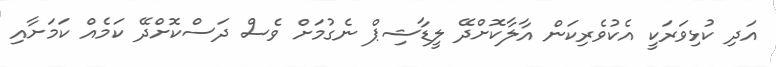
އަދި ކުޅިވަރަކީ އެކުވެރިކަން އާލާކޮށްދޭ ލީޑާޝިޕް ނެގުމަށް ވެސް ދަސްކޮށްދޭ ކަމެއް ކަމަށާއި